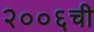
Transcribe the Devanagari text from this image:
२००६ची